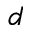
d